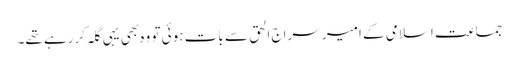
جماعت اسلامی کے امیر سراج الحق سے بات ہوئی تو وہ بھی یہی گلہ کررہے تھے۔